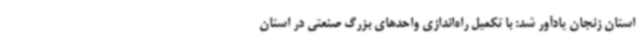
استان زنجان یادآور شد: با تکمیل راه‌اندازی واحدهای بزرگ صنعتی در استان